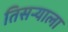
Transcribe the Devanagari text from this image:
तिसर्‍याला